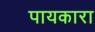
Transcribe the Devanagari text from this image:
पायकारा